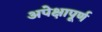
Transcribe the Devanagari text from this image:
अपेक्षापूर्ण